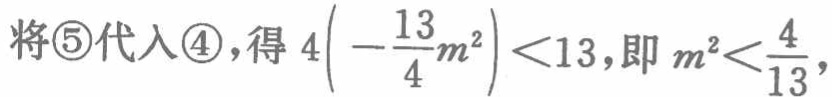
将\textcircled{5}代入\textcircled{4},得\(4\left(-\frac{13}{4}m^{2}\right)<13\),即\(m^{2}<\frac{4}{13}\),